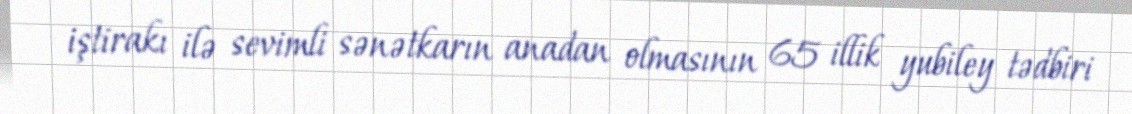
iştirakı ilə sevimli sənətkarın anadan olmasının 65 illik yubiley tədbiri